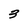
Character: 3